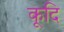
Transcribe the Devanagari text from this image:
कूदि